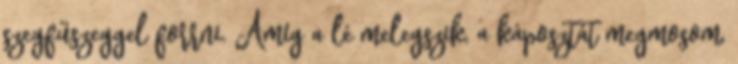
szegfűszeggel forrni. Amíg a lé melegszik, a káposztát megmosom,